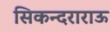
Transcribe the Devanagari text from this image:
सिकन्दराराऊ